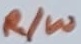
Text: R/W